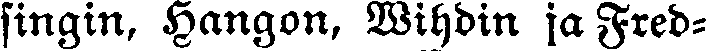
singin, Hangon, Wihdin ja Fred-